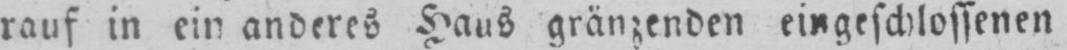
rauf in ein anderes Haus gränzenden eingeschlossenen